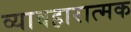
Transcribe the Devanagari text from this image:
व्यावहारात्मक